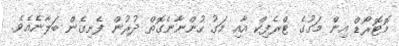
މޮޓޮރޯޑް އިން މަގުގެ ޓްރެފިކް އާއި މަގު ހުންނާނެގޮތް ދުރުން ފެށިގެން ބަލާނެއެވެ.